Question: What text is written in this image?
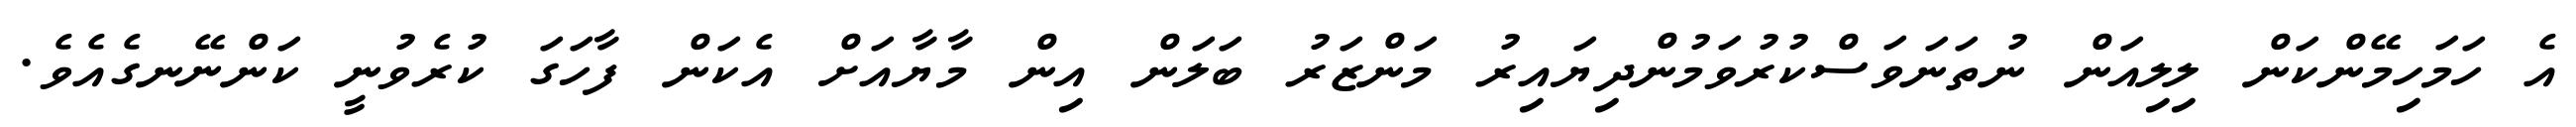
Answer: އެ ހަމަހިމޭންކަން ލިލިއަން ނުތަނަވަސްކުރުވަމުންދިޔައިރު މަންޒަރު ބަލަން އިން މާޔާއަށް އެކަން ފާހަގަ ކުރެވުނީ ކަންނޭނގެއެވެ.